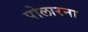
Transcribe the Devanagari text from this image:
पोलारना